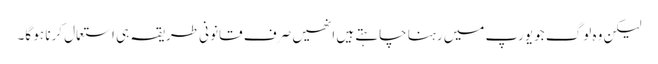
لیکن وہ لوگ جو یورپ میں رہنا چاہتے ہیں انھیں صرف قانونی طریقہ ہی استعمال کرنا ہو گا۔